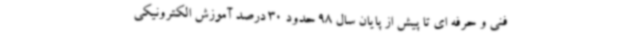
فنی و حرفه ای تا پیش از پایان سال 98 حدود 30 درصد آموزش الکترونیکی